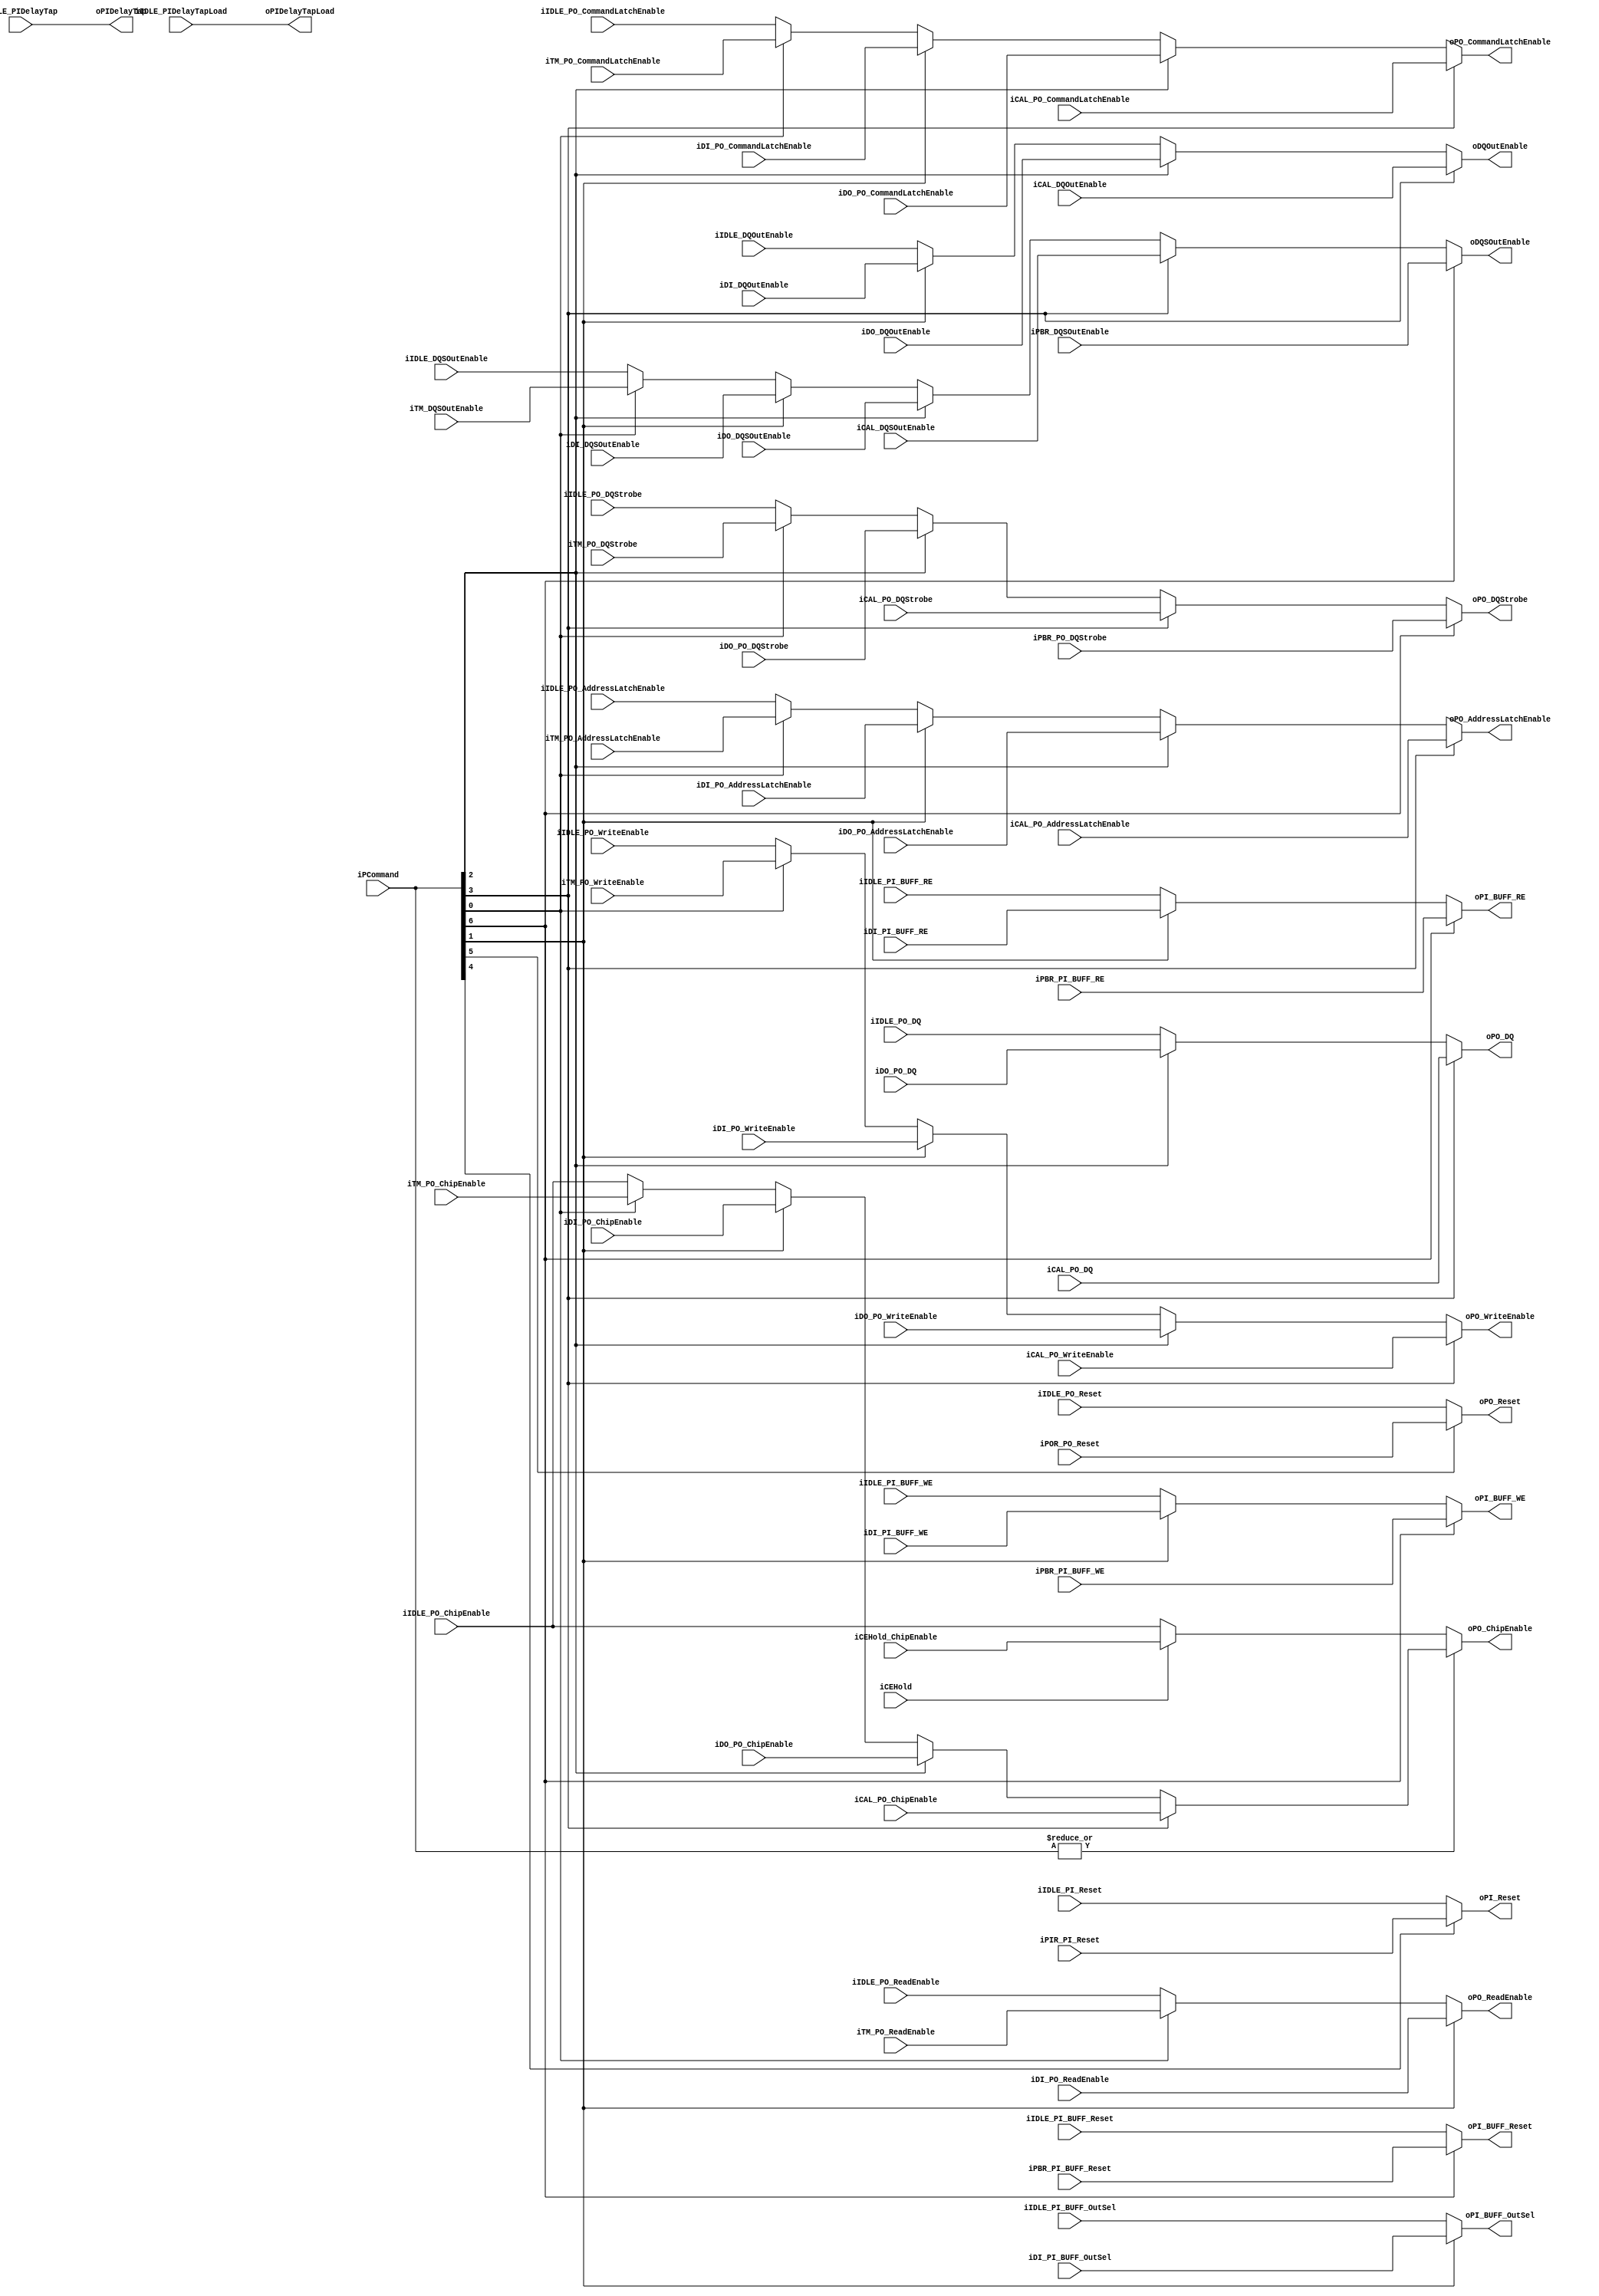
//////////////////////////////////////////////////////////////////////////////////
// NPM_Toggle_PHYOutMux for Cosmos OpenSSD
// Copyright (c) 2015 Hanyang University ENC Lab.
// Contributed by Ilyong Jung <iyjung@enc.hanyang.ac.kr>
//                Yong Ho Song <yhsong@enc.hanyang.ac.kr>
//
// This file is part of Cosmos OpenSSD.
//
// Cosmos OpenSSD is free software; you can redistribute it and/or modify
// it under the terms of the GNU General Public License as published by
// the Free Software Foundation; either version 3, or (at your option)
// any later version.
//
// Cosmos OpenSSD is distributed in the hope that it will be useful,
// but WITHOUT ANY WARRANTY; without even the implied warranty of
// MERCHANTABILITY or FITNESS FOR A PARTICULAR PURPOSE.
// See the GNU General Public License for more details.
//
// You should have received a copy of the GNU General Public License
// along with Cosmos OpenSSD; see the file COPYING.
// If not, see <http://www.gnu.org/licenses/>. 
//////////////////////////////////////////////////////////////////////////////////

//////////////////////////////////////////////////////////////////////////////////
// Company: ENC Lab. <http://enc.hanyang.ac.kr>
// 
// Project Name: Cosmos OpenSSD
// Design Name: NPM_Toggle_PHYOutMux
// Module Name: NPM_Toggle_PHYOutMux
//
// Version: v1.0.0
//
// Description: NFC PM layer multiplexor
//
//////////////////////////////////////////////////////////////////////////////////

//////////////////////////////////////////////////////////////////////////////////
// Revision History:
//
// * v1.0.0
//   - first draft
//////////////////////////////////////////////////////////////////////////////////
`timescale 1ns / 1ps

module NPM_Toggle_PHYOutMux
#
(
    // Multiplexing by iPCommand[7:0]
    // not support parallel primitive command execution
    
    // ChipEnable: support CE holding function by iCEHold and wPM_idle
    
    // State Machines: PO Reset, PI Reset, IDLE, C/A Latch, Data Out, Data In, Timer
    
    parameter NumberOfWays    =   4
)
(
    iPCommand                   ,
    iCEHold                     ,
    iCEHold_ChipEnable          ,
    iPBR_PI_BUFF_Reset          ,
    iPBR_PI_BUFF_RE             ,
    iPBR_PI_BUFF_WE             ,
    iPBR_PO_DQStrobe            ,
    iPBR_DQSOutEnable           ,
    iPOR_PO_Reset               ,
    iPIR_PI_Reset               ,
    iIDLE_PI_Reset              ,
    iIDLE_PI_BUFF_Reset         ,
    iIDLE_PO_Reset              ,
    iIDLE_PI_BUFF_RE            ,
    iIDLE_PI_BUFF_WE            ,
    iIDLE_PI_BUFF_OutSel        ,
    iIDLE_PIDelayTapLoad        ,
    iIDLE_PIDelayTap            ,
    iIDLE_PO_DQStrobe           ,
    iIDLE_PO_DQ                 ,
    iIDLE_PO_ChipEnable         ,
    iIDLE_PO_ReadEnable         ,
    iIDLE_PO_WriteEnable        ,
    iIDLE_PO_AddressLatchEnable ,
    iIDLE_PO_CommandLatchEnable ,
    iIDLE_DQSOutEnable          ,
    iIDLE_DQOutEnable           ,
    iCAL_PO_DQStrobe            ,
    iCAL_PO_DQ                  ,
    iCAL_PO_ChipEnable          ,
    iCAL_PO_WriteEnable         ,
    iCAL_PO_AddressLatchEnable  ,
    iCAL_PO_CommandLatchEnable  ,
    iCAL_DQSOutEnable           ,
    iCAL_DQOutEnable            ,
    iDO_PO_DQStrobe             ,
    iDO_PO_DQ                   ,
    iDO_PO_ChipEnable           ,
    iDO_PO_WriteEnable          ,
    iDO_PO_AddressLatchEnable   ,
    iDO_PO_CommandLatchEnable   ,
    iDO_DQSOutEnable            ,
    iDO_DQOutEnable             ,
    iDI_PI_BUFF_RE              ,
    iDI_PI_BUFF_WE              ,
    iDI_PI_BUFF_OutSel          ,
    iDI_PO_ChipEnable           ,
    iDI_PO_ReadEnable           ,
    iDI_PO_WriteEnable          ,
    iDI_PO_AddressLatchEnable   ,
    iDI_PO_CommandLatchEnable   ,
    iDI_DQSOutEnable            ,
    iDI_DQOutEnable             ,
    iTM_PO_DQStrobe             ,
    iTM_PO_ChipEnable           ,
    iTM_PO_ReadEnable           ,
    iTM_PO_WriteEnable          ,
    iTM_PO_AddressLatchEnable   ,
    iTM_PO_CommandLatchEnable   ,
    iTM_DQSOutEnable            ,
    oPI_Reset                   ,
    oPI_BUFF_Reset              ,
    oPO_Reset                   ,
    oPI_BUFF_RE                 ,
    oPI_BUFF_WE                 ,
    oPI_BUFF_OutSel             ,
    oPIDelayTapLoad             ,
    oPIDelayTap                 ,
    oPO_DQStrobe                ,
    oPO_DQ                      ,
    oPO_ChipEnable              ,
    oPO_ReadEnable              ,
    oPO_WriteEnable             ,
    oPO_AddressLatchEnable      ,
    oPO_CommandLatchEnable      ,
    oDQSOutEnable               ,
    oDQOutEnable            
);
    input   [7:0]                   iPCommand                   ;
    input                           iCEHold                     ;
    input   [2*NumberOfWays - 1:0]  iCEHold_ChipEnable          ;
    input                           iPBR_PI_BUFF_Reset          ;
    input                           iPBR_PI_BUFF_RE             ;
    input                           iPBR_PI_BUFF_WE             ;
    input   [7:0]                   iPBR_PO_DQStrobe            ;
    input                           iPBR_DQSOutEnable           ;
    input                           iPOR_PO_Reset               ;
    input                           iPIR_PI_Reset               ;
    input                           iIDLE_PI_Reset              ;
    input                           iIDLE_PI_BUFF_Reset         ;
    input                           iIDLE_PO_Reset              ;
    input                           iIDLE_PI_BUFF_RE            ;
    input                           iIDLE_PI_BUFF_WE            ;
    input   [2:0]                   iIDLE_PI_BUFF_OutSel        ;
    input                           iIDLE_PIDelayTapLoad        ;
    input   [4:0]                   iIDLE_PIDelayTap            ;
    input   [7:0]                   iIDLE_PO_DQStrobe           ;
    input   [31:0]                  iIDLE_PO_DQ                 ;
    input   [2*NumberOfWays - 1:0]  iIDLE_PO_ChipEnable         ;
    input   [3:0]                   iIDLE_PO_ReadEnable         ;
    input   [3:0]                   iIDLE_PO_WriteEnable        ;
    input   [3:0]                   iIDLE_PO_AddressLatchEnable ;
    input   [3:0]                   iIDLE_PO_CommandLatchEnable ;
    input                           iIDLE_DQSOutEnable          ;
    input                           iIDLE_DQOutEnable           ;
    input   [7:0]                   iCAL_PO_DQStrobe            ;
    input   [31:0]                  iCAL_PO_DQ                  ;
    input   [2*NumberOfWays - 1:0]  iCAL_PO_ChipEnable          ;
    input   [3:0]                   iCAL_PO_WriteEnable         ;
    input   [3:0]                   iCAL_PO_AddressLatchEnable  ;
    input   [3:0]                   iCAL_PO_CommandLatchEnable  ;
    input                           iCAL_DQSOutEnable           ;
    input                           iCAL_DQOutEnable            ;
    input   [7:0]                   iDO_PO_DQStrobe             ;
    input   [31:0]                  iDO_PO_DQ                   ;
    input   [2*NumberOfWays - 1:0]  iDO_PO_ChipEnable           ;
    input   [3:0]                   iDO_PO_WriteEnable          ;
    input   [3:0]                   iDO_PO_AddressLatchEnable   ;
    input   [3:0]                   iDO_PO_CommandLatchEnable   ;
    input                           iDO_DQSOutEnable            ;
    input                           iDO_DQOutEnable             ;
    input                           iDI_PI_BUFF_RE              ;
    input                           iDI_PI_BUFF_WE              ;
    input   [2:0]                   iDI_PI_BUFF_OutSel          ;
    input   [2*NumberOfWays - 1:0]  iDI_PO_ChipEnable           ;
    input   [3:0]                   iDI_PO_ReadEnable           ;
    input   [3:0]                   iDI_PO_WriteEnable          ;
    input   [3:0]                   iDI_PO_AddressLatchEnable   ;
    input   [3:0]                   iDI_PO_CommandLatchEnable   ;
    input                           iDI_DQSOutEnable            ;
    input                           iDI_DQOutEnable             ;
    input   [7:0]                   iTM_PO_DQStrobe             ;
    input   [2*NumberOfWays - 1:0]  iTM_PO_ChipEnable           ;
    input   [3:0]                   iTM_PO_ReadEnable           ;
    input   [3:0]                   iTM_PO_WriteEnable          ;
    input   [3:0]                   iTM_PO_AddressLatchEnable   ;
    input   [3:0]                   iTM_PO_CommandLatchEnable   ;
    input                           iTM_DQSOutEnable            ;
    output                          oPI_Reset                   ;
    output                          oPI_BUFF_Reset              ;
    output                          oPO_Reset                   ;
    output                          oPI_BUFF_RE                 ;
    output                          oPI_BUFF_WE                 ;
    output  [2:0]                   oPI_BUFF_OutSel             ;
    output                          oPIDelayTapLoad             ;
    output  [4:0]                   oPIDelayTap                 ;
    output  [7:0]                   oPO_DQStrobe                ;
    output  [31:0]                  oPO_DQ                      ;
    output  [2*NumberOfWays - 1:0]  oPO_ChipEnable              ;
    output  [3:0]                   oPO_ReadEnable              ;
    output  [3:0]                   oPO_WriteEnable             ;
    output  [3:0]                   oPO_AddressLatchEnable      ;
    output  [3:0]                   oPO_CommandLatchEnable      ;
    output                          oDQSOutEnable               ;
    output                          oDQOutEnable                ;
    
    // Internal Wires/Regs
    wire                            wPM_idle                ;
    
    //  - NPhy_Toggle Interface
    //      - RESET Interface
    reg                             rPI_Reset               ;
    reg                             rPI_BUFF_Reset          ;
    
    reg                             rPO_Reset               ;
    
    //      - PI Interface
    reg                             rPI_BUFF_RE             ;
    reg                             rPI_BUFF_WE             ;
    reg     [2:0]                   rPI_BUFF_OutSel         ;
    
    reg                             rPIDelayTapLoad         ;
    reg     [4:0]                   rPIDelayTap             ;
    
    //      - PO Interface
    reg     [7:0]                   rPO_DQStrobe            ;
    reg     [31:0]                  rPO_DQ                  ;
    reg     [2*NumberOfWays - 1:0]  rPO_ChipEnable          ;
    reg     [3:0]                   rPO_ReadEnable          ;
    reg     [3:0]                   rPO_WriteEnable         ;
    reg     [3:0]                   rPO_AddressLatchEnable  ;
    reg     [3:0]                   rPO_CommandLatchEnable  ;
    
    //      - Pad Interface
    reg                             rDQSOutEnable           ;
    reg                             rDQOutEnable            ;
    
    
    
    // Control Signals
    assign wPM_idle = ~( |(iPCommand[7:0]) );
    
    
    
    // NPhy_Toggle Interface
    
    // PI_Reset
    always @ (*) begin
        //if (wPM_idle) begin // All PMs are in inactive state.
            
        //end else if (iPCommand[6]) begin // PHY Buffer Reset
            
        //end else if (iPCommand[5]) begin // PO Reset
            
        if (iPCommand[4]) begin // PI Reset
            rPI_Reset <= iPIR_PI_Reset;
        //end else if (iPCommand[3]) begin // Command/Address Latch
            
        //end else if (iPCommand[2]) begin // Data Out
            
        //end else if (iPCommand[1]) begin // Data In
            
        //end else if (iPCommand[0]) begin // Timer
            
        end else begin // default
            rPI_Reset <= iIDLE_PI_Reset;
        end
    end
    
    // PI_BUFF_Reset
    always @ (*) begin
        //if (wPM_idle) begin // All PMs are in inactive state.
            
        if (iPCommand[6]) begin // PHY Buffer Reset
            rPI_BUFF_Reset <= iPBR_PI_BUFF_Reset;
        //end else if (iPCommand[5]) begin // PO Reset
            
        //end else if (iPCommand[4]) begin // PI Reset
            
        //end else if (iPCommand[3]) begin // Command/Address Latch
            
        //end else if (iPCommand[2]) begin // Data Out
            
        //end else if (iPCommand[1]) begin // Data In
            
        //end else if (iPCommand[0]) begin // Timer
            
        end else begin // default
            rPI_BUFF_Reset <= iIDLE_PI_BUFF_Reset;
        end
    end
    
    // PO_Reset
    always @ (*) begin
        //if (wPM_idle) begin // All PMs are in inactive state.
            
        //end else if (iPCommand[6]) begin // PHY Buffer Reset
            
        if (iPCommand[5]) begin // PO Reset
            rPO_Reset <= iPOR_PO_Reset;
        //end else if (iPCommand[4]) begin // PI Reset
            
        //end else if (iPCommand[3]) begin // Command/Address Latch
            
        //end else if (iPCommand[2]) begin // Data Out
            
        //end else if (iPCommand[1]) begin // Data In
            
        //end else if (iPCommand[0]) begin // Timer
            
        end else begin // default
            rPO_Reset <= iIDLE_PO_Reset;
        end
    end
    
    // PI_BUFF_RE
    always @ (*) begin
        //if (wPM_idle) begin // All PMs are in inactive state.
            
        if (iPCommand[6]) begin // PHY Buffer Reset
            rPI_BUFF_RE <= iPBR_PI_BUFF_RE;
        //end else if (iPCommand[5]) begin // PO Reset
            
        //end else if (iPCommand[4]) begin // PI Reset
            
        //end else if (iPCommand[3]) begin // Command/Address Latch
            
        //end else if (iPCommand[2]) begin // Data Out
            
        end else if (iPCommand[1]) begin // Data In
            rPI_BUFF_RE <= iDI_PI_BUFF_RE;
        //end else if (iPCommand[0]) begin // Timer
            
        end else begin // default
            rPI_BUFF_RE <= iIDLE_PI_BUFF_RE;
        end
    end
    
    // PI_BUFF_WE
    always @ (*) begin
        //if (wPM_idle) begin // All PMs are in inactive state.
            
        if (iPCommand[6]) begin // PHY Buffer Reset
            rPI_BUFF_WE <= iPBR_PI_BUFF_WE;
        //end else if (iPCommand[5]) begin // PO Reset
            
        //end else if (iPCommand[4]) begin // PI Reset
            
        //end else if (iPCommand[3]) begin // Command/Address Latch
            
        //end else if (iPCommand[2]) begin // Data Out
            
        end else if (iPCommand[1]) begin // Data In
            rPI_BUFF_WE <= iDI_PI_BUFF_WE;
        //end else if (iPCommand[0]) begin // Timer
            
        end else begin // default
            rPI_BUFF_WE <= iIDLE_PI_BUFF_WE;
        end
    end
    
    // PI_BUFF_OutSel[2:0]
    always @ (*) begin
        //if (wPM_idle) begin // All PMs are in inactive state.
            
        //end else if (iPCommand[6]) begin // PHY Buffer Reset
            
        //end else if (iPCommand[5]) begin // PO Reset
            
        //end else if (iPCommand[4]) begin // PI Reset
            
        //end else if (iPCommand[3]) begin // Command/Address Latch
            
        //end else if (iPCommand[2]) begin // Data Out
            
        if (iPCommand[1]) begin // Data In
            rPI_BUFF_OutSel[2:0] <= iDI_PI_BUFF_OutSel[2:0];
        //end else if (iPCommand[0]) begin // Timer
            
        end else begin // default
            rPI_BUFF_OutSel[2:0] <= iIDLE_PI_BUFF_OutSel[2:0];
        end
    end
    
    // PIDelayTapLoad
    always @ (*) begin
        //if (wPM_idle) begin // All PMs are in inactive state.
            
        //end else if (iPCommand[6]) begin // PHY Buffer Reset
            
        //end else if (iPCommand[5]) begin // PO Reset
            
        //end else if (iPCommand[4]) begin // PI Reset
            
        //end else if (iPCommand[3]) begin // Command/Address Latch
            
        //end else if (iPCommand[2]) begin // Data Out
            
        //end else if (iPCommand[1]) begin // Data In
            
        //end else if (iPCommand[0]) begin // Timer
            
        //end else begin // default
            rPIDelayTapLoad <= iIDLE_PIDelayTapLoad;
        //end
    end
    
    // PIDelayTap[4:0]
    always @ (*) begin
        //if (wPM_idle) begin // All PMs are in inactive state.
            
        //end else if (iPCommand[6]) begin // PHY Buffer Reset
            
        //end else if (iPCommand[5]) begin // PO Reset
            
        //end else if (iPCommand[4]) begin // PI Reset
            
        //end else if (iPCommand[3]) begin // Command/Address Latch
            
        //end else if (iPCommand[2]) begin // Data Out
            
        //end else if (iPCommand[1]) begin // Data In
            
        //end else if (iPCommand[0]) begin // Timer
            
        //end else begin // default
            rPIDelayTap[4:0] <= iIDLE_PIDelayTap[4:0];
        //end
    end
    
    // PO_DQStrobe[7:0]
    always @ (*) begin
        //if (wPM_idle) begin // All PMs are in inactive state.
            
        if (iPCommand[6]) begin // PHY Buffer Reset
            rPO_DQStrobe[7:0] <= iPBR_PO_DQStrobe[7:0];
        //end else if (iPCommand[5]) begin // PO Reset
            
        //end else if (iPCommand[4]) begin // PI Reset
            
        end else if (iPCommand[3]) begin // Command/Address Latch
            rPO_DQStrobe[7:0] <= iCAL_PO_DQStrobe[7:0];
        end else if (iPCommand[2]) begin // Data Out
            rPO_DQStrobe[7:0] <= iDO_PO_DQStrobe[7:0];
        //end else if (iPCommand[1]) begin // Data In
            
        end else if (iPCommand[0]) begin // Timer
            rPO_DQStrobe[7:0] <= iTM_PO_DQStrobe[7:0];
        end else begin // default
            rPO_DQStrobe[7:0] <= iIDLE_PO_DQStrobe[7:0];
        end
    end
    
    // PO_DQ[31:0]
    always @ (*) begin
        //if (wPM_idle) begin // All PMs are in inactive state.
            
        //end else if (iPCommand[6]) begin // PHY Buffer Reset
            
        //end else if (iPCommand[5]) begin // PO Reset
            
        //end else if (iPCommand[4]) begin // PI Reset
            
        if (iPCommand[3]) begin // Command/Address Latch
            rPO_DQ[31:0] <= iCAL_PO_DQ[31:0];
        end else if (iPCommand[2]) begin // Data Out
            rPO_DQ[31:0] <= iDO_PO_DQ[31:0];
        //end else if (iPCommand[1]) begin // Data In
            
        //end else if (iPCommand[0]) begin // Timer
            
        end else begin // default
            rPO_DQ[31:0] <= iIDLE_PO_DQ[31:0];
        end
    end
    
    // PO_ChipEnable[7:0]
    always @ (*) begin
        if (wPM_idle) begin // All PMs are in inactive state.
            rPO_ChipEnable <= (iCEHold)? iCEHold_ChipEnable:iIDLE_PO_ChipEnable;
        //end else if (iPCommand[6]) begin // PHY Buffer Reset
            
        //end else if (iPCommand[5]) begin // PO Reset
            
        //end else if (iPCommand[4]) begin // PI Reset
            
        end else if (iPCommand[3]) begin // Command/Address Latch
            rPO_ChipEnable <= iCAL_PO_ChipEnable;
        end else if (iPCommand[2]) begin // Data Out
            rPO_ChipEnable <= iDO_PO_ChipEnable;
        end else if (iPCommand[1]) begin // Data In
            rPO_ChipEnable <= iDI_PO_ChipEnable;
        end else if (iPCommand[0]) begin // Timer
            rPO_ChipEnable <= iTM_PO_ChipEnable;
        end else begin // default
            rPO_ChipEnable <= iIDLE_PO_ChipEnable;
        end
    end
    
    // PO_ReadEnable[3:0]
    always @ (*) begin
        //if (wPM_idle) begin // All PMs are in inactive state.
            
        //end else if (iPCommand[6]) begin // PHY Buffer Reset
            
        //end else if (iPCommand[5]) begin // PO Reset
            
        //end else if (iPCommand[4]) begin // PI Reset
            
        //end else if (iPCommand[3]) begin // Command/Address Latch
            
        //end else if (iPCommand[2]) begin // Data Out
            
        if (iPCommand[1]) begin // Data In
            rPO_ReadEnable[3:0] <= iDI_PO_ReadEnable[3:0];
        end else if (iPCommand[0]) begin // Timer
            rPO_ReadEnable[3:0] <= iTM_PO_ReadEnable[3:0];
        end else begin // default
            rPO_ReadEnable[3:0] <= iIDLE_PO_ReadEnable[3:0];
        end
    end
    
    // PO_WriteEnable[3:0]
    always @ (*) begin
        //if (wPM_idle) begin // All PMs are in inactive state.
            
        //end else if (iPCommand[6]) begin // PHY Buffer Reset
            
        //end else if (iPCommand[5]) begin // PO Reset
            
        //end else if (iPCommand[4]) begin // PI Reset
            
        if (iPCommand[3]) begin // Command/Address Latch
            rPO_WriteEnable[3:0] <= iCAL_PO_WriteEnable[3:0];
        end else if (iPCommand[2]) begin // Data Out
            rPO_WriteEnable[3:0] <= iDO_PO_WriteEnable[3:0];
        end else if (iPCommand[1]) begin // Data In
            rPO_WriteEnable[3:0] <= iDI_PO_WriteEnable[3:0];
        end else if (iPCommand[0]) begin // Timer
            rPO_WriteEnable[3:0] <= iTM_PO_WriteEnable[3:0];
        end else begin // default
            rPO_WriteEnable[3:0] <= iIDLE_PO_WriteEnable[3:0];
        end
    end
    
    // PO_AddressLatchEnable[3:0]
    always @ (*) begin
        //if (wPM_idle) begin // All PMs are in inactive state.
            
        //end else if (iPCommand[6]) begin // PHY Buffer Reset
            
        //end else if (iPCommand[5]) begin // PO Reset
            
        //end else if (iPCommand[4]) begin // PI Reset
            
        if (iPCommand[3]) begin // Command/Address Latch
            rPO_AddressLatchEnable[3:0] <= iCAL_PO_AddressLatchEnable[3:0];
        end else if (iPCommand[2]) begin // Data Out
            rPO_AddressLatchEnable[3:0] <= iDO_PO_AddressLatchEnable[3:0];
        end else if (iPCommand[1]) begin // Data In
            rPO_AddressLatchEnable[3:0] <= iDI_PO_AddressLatchEnable[3:0];
        end else if (iPCommand[0]) begin // Timer
            rPO_AddressLatchEnable[3:0] <= iTM_PO_AddressLatchEnable[3:0];
        end else begin // default
            rPO_AddressLatchEnable[3:0] <= iIDLE_PO_AddressLatchEnable[3:0];
        end
    end
    
    // PO_CommandLatchEnable[3:0]
    always @ (*) begin
        //if (wPM_idle) begin // All PMs are in inactive state.
            
        //end else if (iPCommand[6]) begin // PHY Buffer Reset
            
        //end else if (iPCommand[5]) begin // PO Reset
            
        //end else if (iPCommand[4]) begin // PI Reset
            
        if (iPCommand[3]) begin // Command/Address Latch
            rPO_CommandLatchEnable[3:0] <= iCAL_PO_CommandLatchEnable[3:0];
        end else if (iPCommand[2]) begin // Data Out
            rPO_CommandLatchEnable[3:0] <= iDO_PO_CommandLatchEnable[3:0];
        end else if (iPCommand[1]) begin // Data In
            rPO_CommandLatchEnable[3:0] <= iDI_PO_CommandLatchEnable[3:0];
        end else if (iPCommand[0]) begin // Timer
            rPO_CommandLatchEnable[3:0] <= iTM_PO_CommandLatchEnable[3:0];
        end else begin // default
            rPO_CommandLatchEnable[3:0] <= iIDLE_PO_CommandLatchEnable[3:0];
        end
    end
    
    // DQSOutEnable
    always @ (*) begin
        //if (wPM_idle) begin // All PMs are in inactive state.
            
        if (iPCommand[6]) begin // PHY Buffer Reset
            rDQSOutEnable <= iPBR_DQSOutEnable;
        //end else if (iPCommand[5]) begin // PO Reset
            
        //end else if (iPCommand[4]) begin // PI Reset
            
        end else if (iPCommand[3]) begin // Command/Address Latch
            rDQSOutEnable <= iCAL_DQSOutEnable;
        end else if (iPCommand[2]) begin // Data Out
            rDQSOutEnable <= iDO_DQSOutEnable;
        end else if (iPCommand[1]) begin // Data In
            rDQSOutEnable <= iDI_DQSOutEnable;
        end else if (iPCommand[0]) begin // Timer
            rDQSOutEnable <= iTM_DQSOutEnable;
        end else begin // default
            rDQSOutEnable <= iIDLE_DQSOutEnable;
        end
    end
    
    // DQOutEnable
    always @ (*) begin
        //if (wPM_idle) begin // All PMs are in inactive state.
            
        //end else if (iPCommand[6]) begin // PHY Buffer Reset
            
        //end else if (iPCommand[5]) begin // PO Reset
            
        //end else if (iPCommand[4]) begin // PI Reset
            
        if (iPCommand[3]) begin // Command/Address Latch
            rDQOutEnable <= iCAL_DQOutEnable;
        end else if (iPCommand[2]) begin // Data Out
            rDQOutEnable <= iDO_DQOutEnable;
        end else if (iPCommand[1]) begin // Data In
            rDQOutEnable <= iDI_DQOutEnable;
        //end else if (iPCommand[0]) begin // Timer
            
        end else begin // default
            rDQOutEnable <= iIDLE_DQOutEnable;
        end
    end
    
    
    
    // Wire Connections
    
    //  - NPhy_Toggle Interface
    //      - RESET Interface
    assign oPI_Reset = rPI_Reset;
    assign oPI_BUFF_Reset = rPI_BUFF_Reset;
    
    assign oPO_Reset = rPO_Reset;
    
    //      - PI Interface
    assign oPI_BUFF_RE = rPI_BUFF_RE;
    assign oPI_BUFF_WE = rPI_BUFF_WE;
    assign oPI_BUFF_OutSel[2:0] = rPI_BUFF_OutSel[2:0];
    
    assign oPIDelayTapLoad = rPIDelayTapLoad;
    assign oPIDelayTap[4:0] = rPIDelayTap[4:0];
    
    //      - PO Interface
    assign oPO_DQStrobe[7:0] = rPO_DQStrobe[7:0];
    assign oPO_DQ[31:0] = rPO_DQ[31:0];
    assign oPO_ChipEnable = rPO_ChipEnable;
    assign oPO_ReadEnable[3:0] = rPO_ReadEnable[3:0];
    assign oPO_WriteEnable[3:0] = rPO_WriteEnable[3:0];
    assign oPO_AddressLatchEnable[3:0] = rPO_AddressLatchEnable[3:0];
    assign oPO_CommandLatchEnable[3:0] = rPO_CommandLatchEnable[3:0];
    
    //      - Pad Interface
    assign oDQSOutEnable = rDQSOutEnable;
    assign oDQOutEnable = rDQOutEnable;
    
endmodule